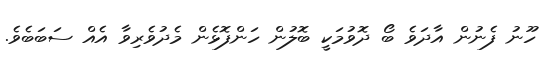
ހޫނު ފެނުން އާދަވެ ބޯ ދޮވުމަކީ ބޮލުން ހަންފޮޅެން މެދުވެރިވާ އެއް ސަބަބެވެ.